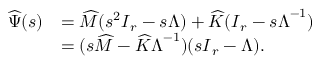
\begin{array} { r l } { \ensuremath { \widehat { \boldsymbol { \Psi } } } ( s ) } & { = \ensuremath { \skew 4 \widehat { \boldsymbol { M } } } ( s ^ { 2 } \ensuremath { \boldsymbol { I } } _ { r } - s \ensuremath { \boldsymbol { \Lambda } } ) + \ensuremath { \skew 4 \widehat { \boldsymbol { K } } } ( \ensuremath { \boldsymbol { I } } _ { r } - s \ensuremath { \boldsymbol { \Lambda } } ^ { - 1 } ) } \\ & { = ( s \ensuremath { \skew 4 \widehat { \boldsymbol { M } } } - \ensuremath { \skew 4 \widehat { \boldsymbol { K } } } \ensuremath { \boldsymbol { \Lambda } } ^ { - 1 } ) ( s \ensuremath { \boldsymbol { I } } _ { r } - \ensuremath { \boldsymbol { \Lambda } } ) . } \end{array}